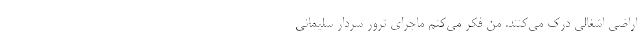
اراضی اشغالی درک می‌کنند. من فکر می‌کنم ماجرای ترور سردار سلیمانی